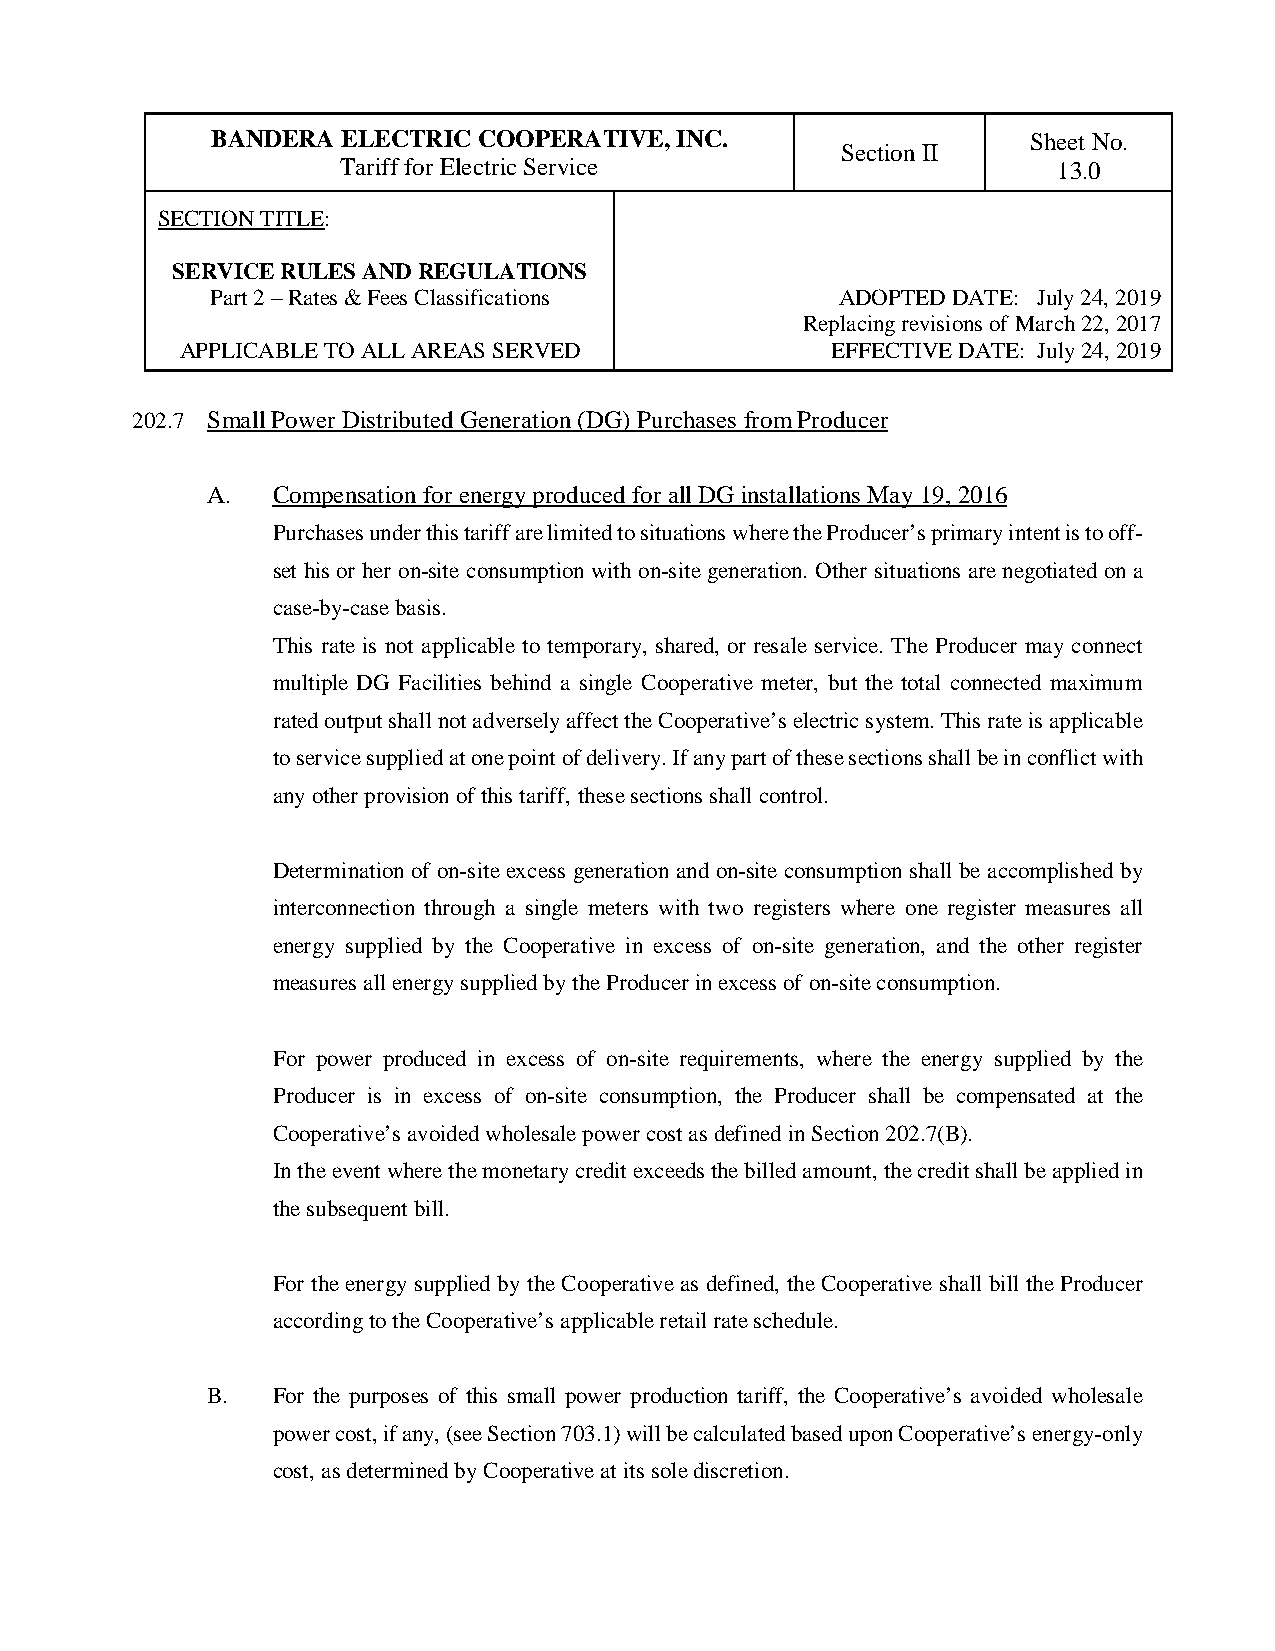
BANDERA  ELECTRIC COOPERATIVE, INC.                   Sheet No.
 Section II
 Tariff for Electric Service                    13.0
 SECTION TITLE:
 SERVICE RULES AND REGULATIONS
 Part 2 – Rates & Fees Classifications     ADOPTED DATE: July 24, 2019
 Replacing revisions of March 22, 2017
 APPLICABLE TO ALL AREAS SERVED             EFFECTIVE DATE: July 24, 2019
 202.7 Small Power Distributed Generation (DG) Purchases from Producer
 A.  Compensation for energy produced for all DG installations May 19, 2016
 Purchases under this tariff are limited to situations where the Producer’s primary intent is to off-
 set his or her on-site consumption with on-site generation. Other situations are negotiated on a
 case-by-case basis.
 This rate is not applicable to temporary, shared, or resale service. The Producer may connect
 multiple DG Facilities behind a single Cooperative meter, but the total connected maximum
 rated output shall not adversely affect the Cooperative’s electric system. This rate is applicable
 to service supplied at one point of delivery. If any part of these sections shall be in conflict with
 any other provision of this tariff, these sections shall control.
 Determination of on-site excess generation and on-site consumption shall be accomplished by
 interconnection through a single meters with two registers where one register measures all
 energy supplied by the Cooperative in excess of on-site generation, and the other register
 measures all energy supplied by the Producer in excess of on-site consumption.
 For power produced in excess of on-site requirements, where the energy supplied by the
 Producer is in excess of on-site consumption, the Producer shall be compensated at the
 Cooperative’s avoided wholesale power cost as defined in Section 202.7(B).
 In the event where the monetary credit exceeds the billed amount, the credit shall be applied in
 the subsequent bill.
 For the energy supplied by the Cooperative as defined, the Cooperative shall bill the Producer
 according to the Cooperative’s applicable retail rate schedule.
 B.  For the purposes of this small power production tariff, the Cooperative’s avoided wholesale
 power cost, if any, (see Section 703.1) will be calculated based upon Cooperative’s energy-only
 cost, as determined by Cooperative at its sole discretion.